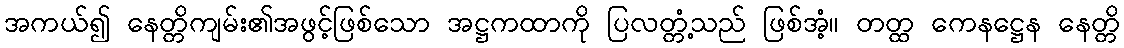
အကယ်၍ နေတ္တိကျမ်း၏အဖွင့်ဖြစ်သော အဋ္ဌကထာကို ပြလတ္တံ့သည် ဖြစ်အံ့။ တတ္ထ ကေနဋ္ဌေန နေတ္တိ